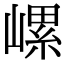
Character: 𡻱